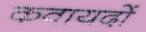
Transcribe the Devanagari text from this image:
कवायदों